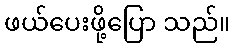
ဖယ်ပေးဖို့ပြော သည်။